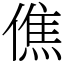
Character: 僬